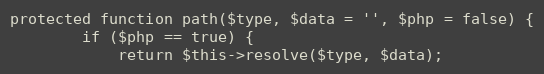
Language: PHP
protected function path($type, $data = '', $php = false) {
        if ($php == true) {
            return $this->resolve($type, $data);